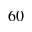
^ { 6 0 }